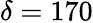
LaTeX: \delta=170